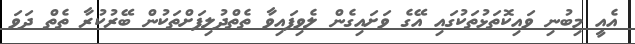
އެއީ މިބުނި ވައިކޮތަޅުތަކުގައި އޭގެ ވަށައިގެން ލެވިފައިވާ ތެތްދުލިފަށްތަކުން ބޭރުކުރާ ތެތް ދަވަ